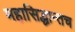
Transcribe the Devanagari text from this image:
महासिद्धान्तच